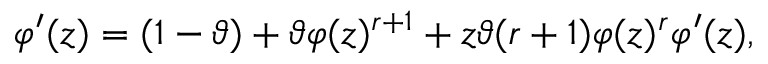
\varphi ^ { \prime } ( z ) = ( 1 - \vartheta ) + \vartheta \varphi ( z ) ^ { r + 1 } + z \vartheta ( r + 1 ) \varphi ( z ) ^ { r } \varphi ^ { \prime } ( z ) ,